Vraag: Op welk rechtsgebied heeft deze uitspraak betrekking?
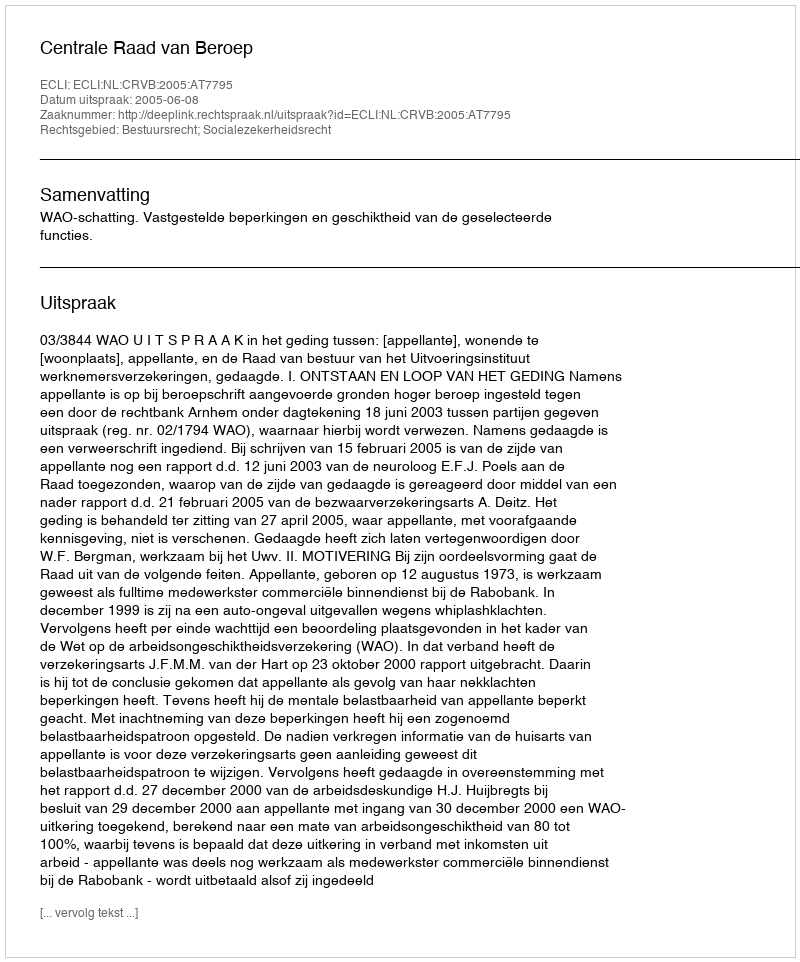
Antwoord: Bestuursrecht; Socialezekerheidsrecht